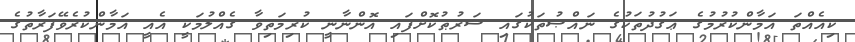
ކިއެއްތަ އަމާންކުރުމުގެ ޢަޤުދުތަކުގެ ނައްޞުތަކުގައި ޝަރުޠުކޮށްފައި އޮންނާނީ ކުރިމަތިވާ ގެއްލުމަކީ އެއީ އަމާންކުރެވޭފަރާތުގެ